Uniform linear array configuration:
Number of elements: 16
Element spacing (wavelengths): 0.5
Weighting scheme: kaiser
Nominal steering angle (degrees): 0
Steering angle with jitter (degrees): -1.641
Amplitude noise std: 0.05
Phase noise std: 0.05

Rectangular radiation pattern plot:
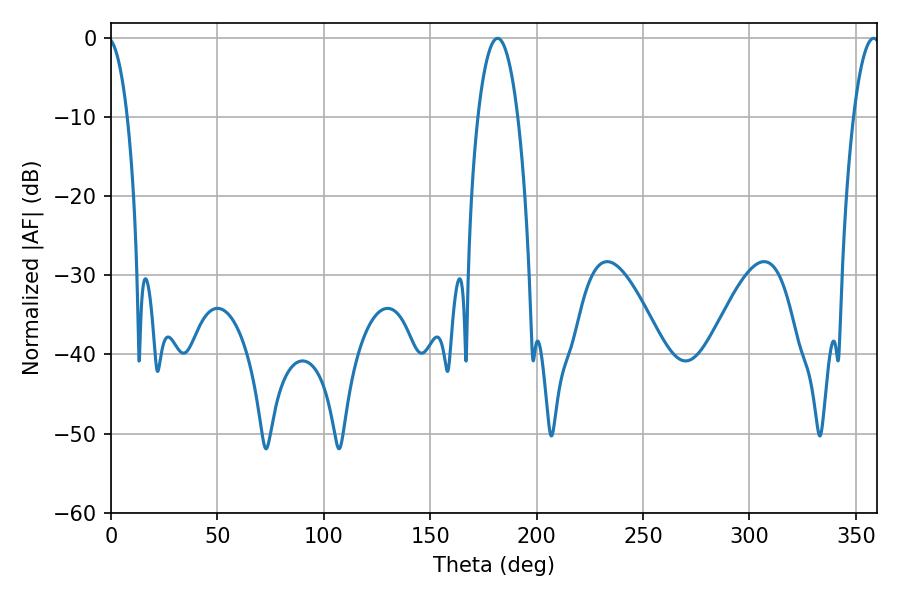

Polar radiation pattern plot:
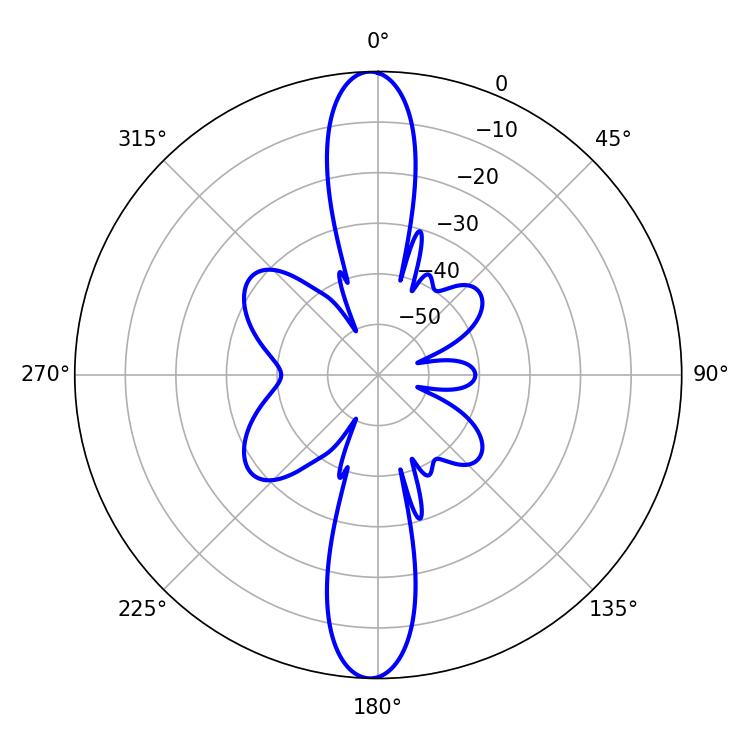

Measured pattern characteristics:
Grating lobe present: FALSE
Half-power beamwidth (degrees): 10.44
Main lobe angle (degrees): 181.62